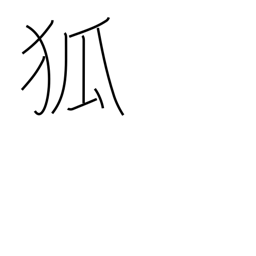
Meaning: fox